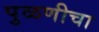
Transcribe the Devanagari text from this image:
पुळणीचा